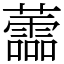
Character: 蘦